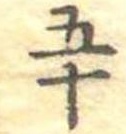
五十